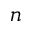
n